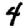
Digit: 4